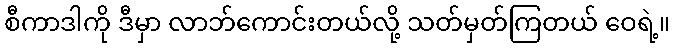
စီကာဒါကို ဒီမှာ လာဘ်ကောင်းတယ်လို့ သတ်မှတ်ကြတယ် ဝေရဲ့။